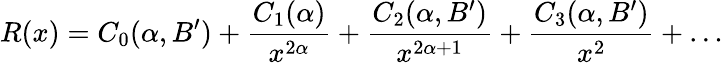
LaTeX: R(x)=C_{0}(\alpha,B^{\prime})+\frac{C_{1}(\alpha)}{x^{2\alpha}}+\frac{C_{2}(\alpha,B^{\prime})}{x^{2\alpha+1}}+\frac{C_{3}(\alpha,B^{\prime})}{x^{2}}+\ldots